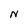
Character: N